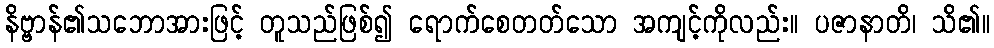
နိဗ္ဗာန်၏သဘောအားဖြင့် တူသည်ဖြစ်၍ ရောက်စေတတ်သော အကျင့်ကိုလည်း။ ပဇာနာတိ၊ သိ၏။